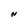
Character: N